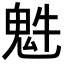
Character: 𩲍